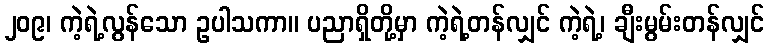
၂၀၉၊ ကဲ့ရဲ့လွန်သော ဥပါသကာ။ ပညာရှိတို့မှာ ကဲ့ရဲ့တန်လျှင် ကဲ့ရဲ့၊ ချီးမွမ်းတန်လျှင်